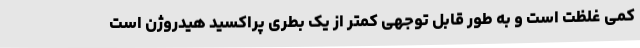
کمی غلظت است و به طور قابل توجهی کمتر از یک بطری پراکسید هیدروژن است